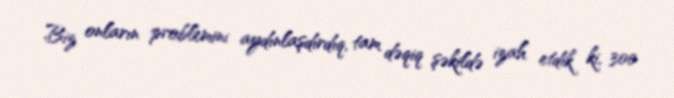
Biz onların problemini aydınlaşdırdıq, tam dəqiq şəkildə izah etdik ki, 300